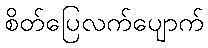
စိတ်ပြေလက်ပျောက်